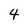
Character: 4